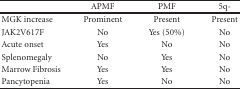
|  | APMF | PMF | 5q- |
 | --- | --- | --- | --- |
 | MGK increase | Prominent | Present | Present |
 | JAK2V617F | No | Yes (50%) | No |
 | Acute onset | Yes | No | No |
 | Splenomegaly | No | Yes | No |
 | Marrow Fibrosis | Yes | Yes | No |
 | Pancytopenia | Yes | No | No |